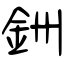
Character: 銂